Scientific memoirs by medical officers of the Army of India - Part VIII,
Year: 1894
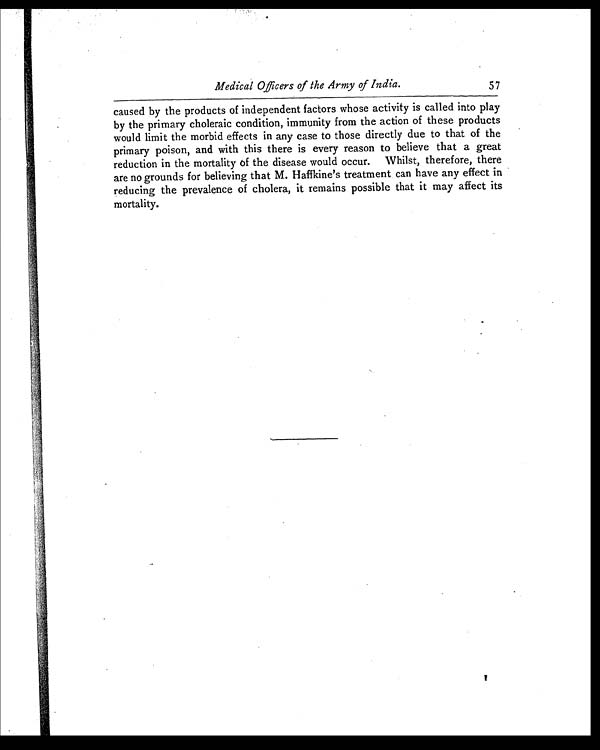
Medical Officers of the Army of India.
57
caused by the products of independent factors whose activity is called into play
by the primary choleraic condition, immunity from the action of these products
would limit the morbid effects in any case to those directly due to that of the
primary poison, and with this there is every reason to believe that a great
reduction in the mortality of the disease would occur. Whilst, therefore, there
are no grounds for believing that M. Haffkine's treatment can have any effect in
reducing the prevalence of cholera, it remains possible that it may affect its
mortality.
1 Y